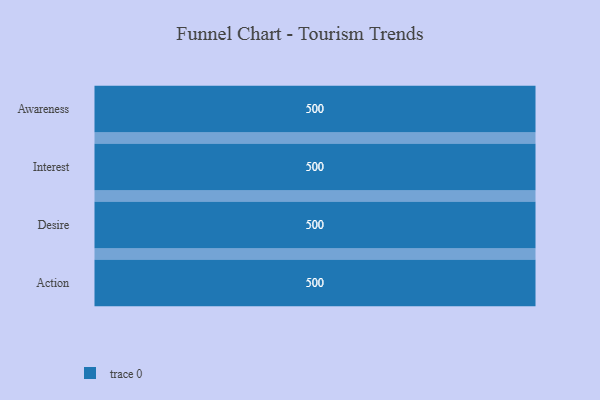
{"axis": {"x": "Stage", "y": "Value"}, "legend": [""], "data": [{"x": "Awareness", "y": 500, "type": ""}, {"x": "Interest", "y": 500, "type": ""}, {"x": "Desire", "y": 500, "type": ""}, {"x": "Action", "y": 500, "type": ""}]}